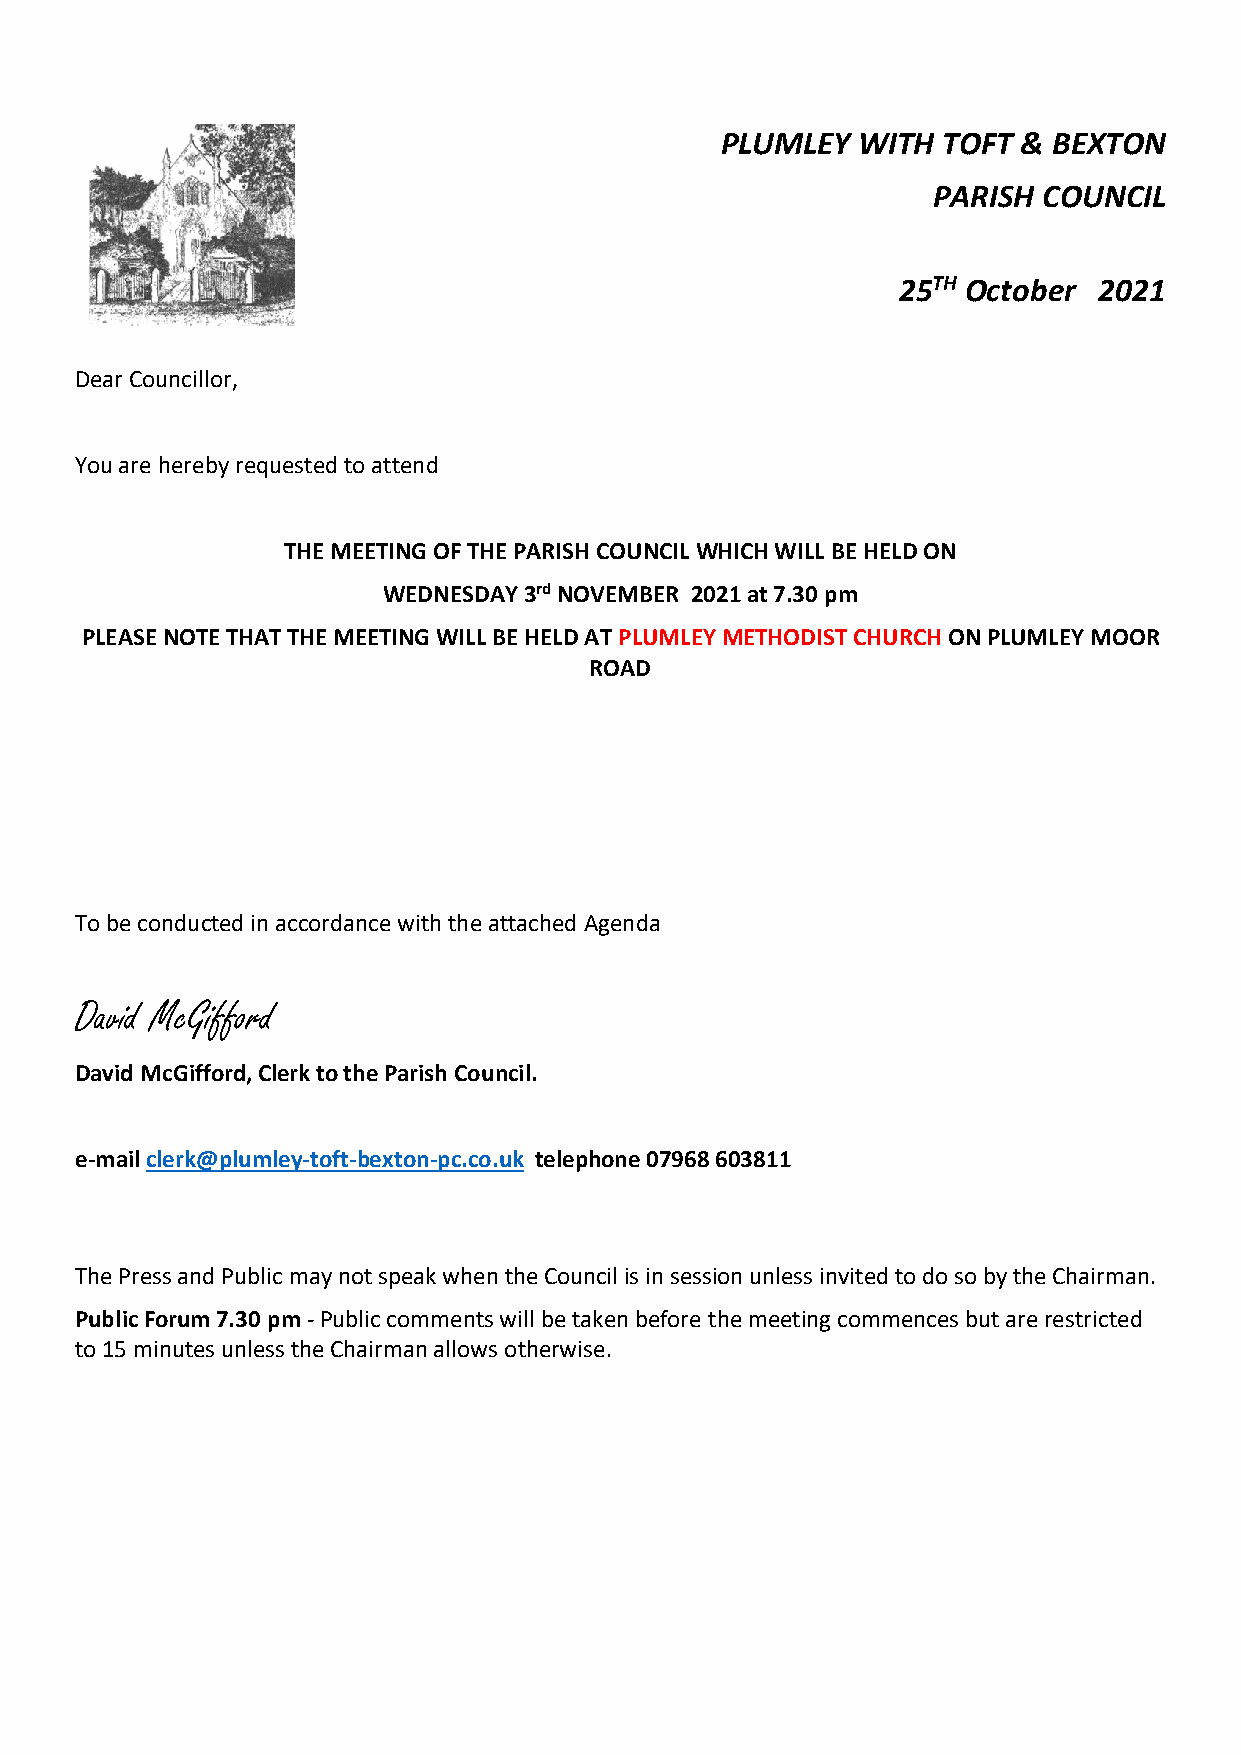
PLUMLEY  WITH TOFT  & BEXTON
 PARISH COUNCIL
 25TH October  2021
 Dear Councillor,
 You are hereby requested to attend
 THE MEETING OF THE PARISH COUNCIL WHICH WILL BE HELD ON
 WEDNESDAY 3rd NOVEMBER 2021 at 7.30 pm
 PLEASE NOTE THAT THE MEETING WILL BE HELD AT PLUMLEY METHODIST CHURCH ON PLUMLEY MOOR
 ROAD
 To be conducted in accordance with the attached Agenda
 David McGifford
 David McGifford, Clerk to the Parish Council.
 e-mail clerk@plumley-toft-bexton-pc.co.uk telephone 07968 603811
 The Press and Public may not speak when the Council is in session unless invited to do so by the Chairman.
 Public Forum 7.30 pm - Public comments will be taken before the meeting commences but are restricted
 to 15 minutes unless the Chairman allows otherwise.